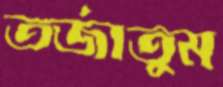
তর্জাতুম